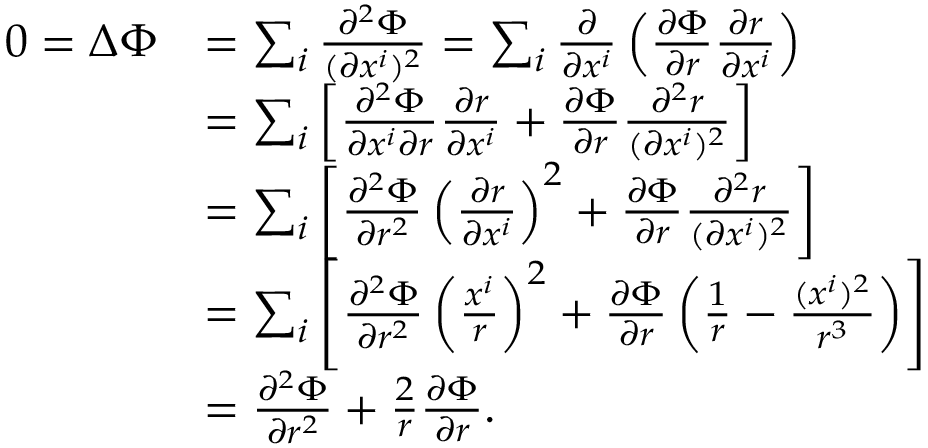
\begin{array} { r l } { 0 = \Delta \Phi } & { = \sum _ { i } \frac { \partial ^ { 2 } \Phi } { ( \partial x ^ { i } ) ^ { 2 } } = \sum _ { i } \frac { \partial } { \partial x ^ { i } } \left( \frac { \partial \Phi } { \partial r } \frac { \partial r } { \partial x ^ { i } } \right) } \\ & { = \sum _ { i } \left[ \frac { \partial ^ { 2 } \Phi } { \partial x ^ { i } \partial r } \frac { \partial r } { \partial x ^ { i } } + \frac { \partial \Phi } { \partial r } \frac { \partial ^ { 2 } r } { ( \partial x ^ { i } ) ^ { 2 } } \right] } \\ & { = \sum _ { i } \left[ \frac { \partial ^ { 2 } \Phi } { \partial r ^ { 2 } } \left( \frac { \partial r } { \partial x ^ { i } } \right) ^ { 2 } + \frac { \partial \Phi } { \partial r } \frac { \partial ^ { 2 } r } { ( \partial x ^ { i } ) ^ { 2 } } \right] } \\ & { = \sum _ { i } \left[ \frac { \partial ^ { 2 } \Phi } { \partial r ^ { 2 } } \left( \frac { x ^ { i } } { r } \right) ^ { 2 } + \frac { \partial \Phi } { \partial r } \left( \frac { 1 } { r } - \frac { ( x ^ { i } ) ^ { 2 } } { r ^ { 3 } } \right) \right] } \\ & { = \frac { \partial ^ { 2 } \Phi } { \partial r ^ { 2 } } + \frac { 2 } { r } \frac { \partial \Phi } { \partial r } . } \end{array}